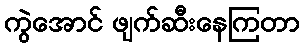
ကွဲအောင် ဖျက်ဆီးနေကြတာ